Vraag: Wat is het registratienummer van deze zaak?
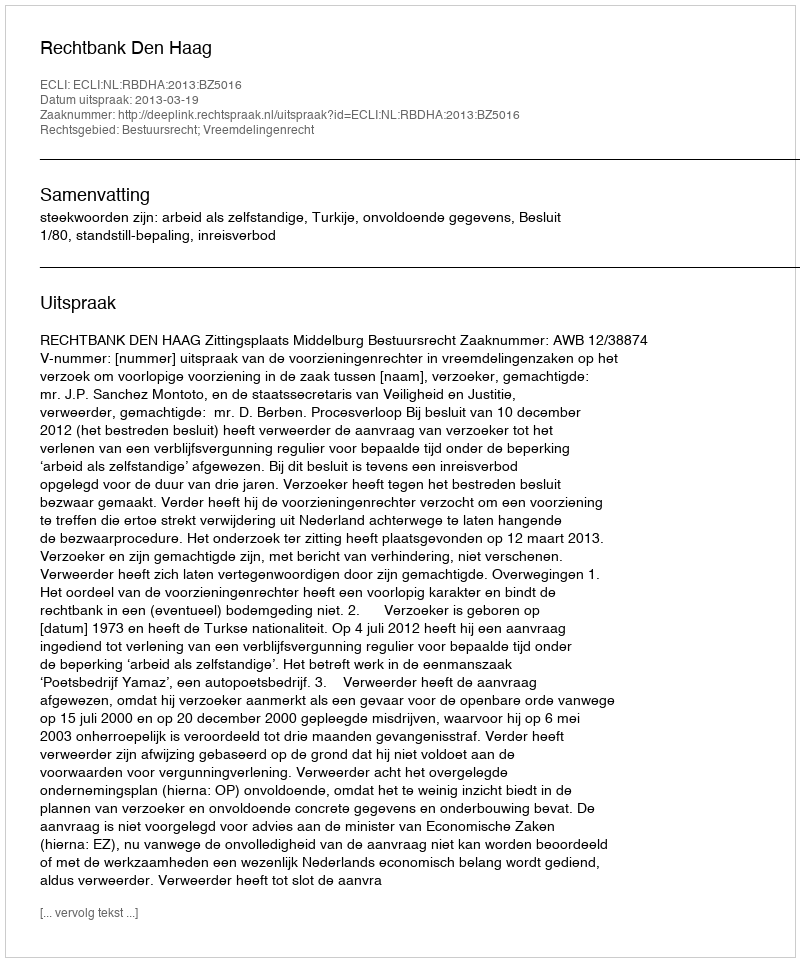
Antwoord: http://deeplink.rechtspraak.nl/uitspraak?id=ECLI:NL:RBDHA:2013:BZ5016